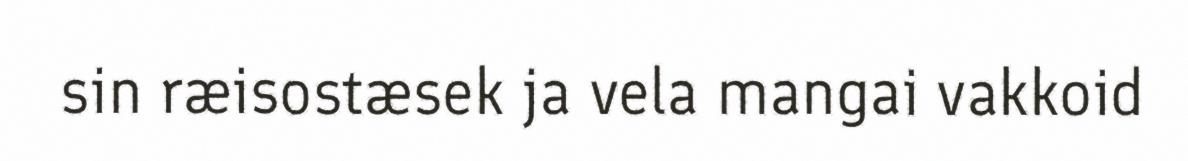
sin ræisostæsek ja vela mangai vakkoid